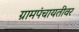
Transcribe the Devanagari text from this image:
ग्रामपंचायतीवर